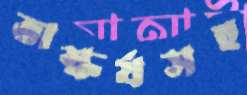
ভাস্কর্যসহ